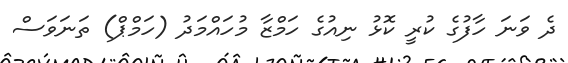
ދެ ވަނަ ހާފުގެ ކުރީ ކޮޅު ނިއުގެ ހަމްޒާ މުހައްމަދު (ހަމްޕް) ތަނަވަސް